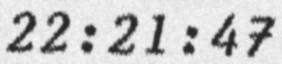
22:21:47